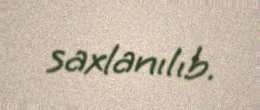
saxlanılıb.